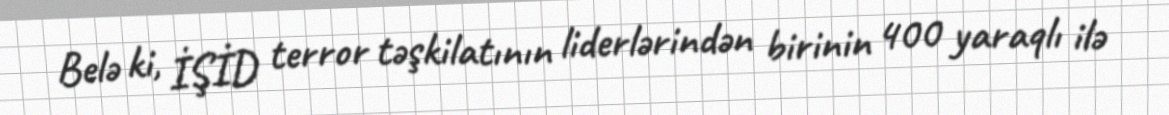
Belə ki, İŞİD terror təşkilatının liderlərindən birinin 400 yaraqlı ilə